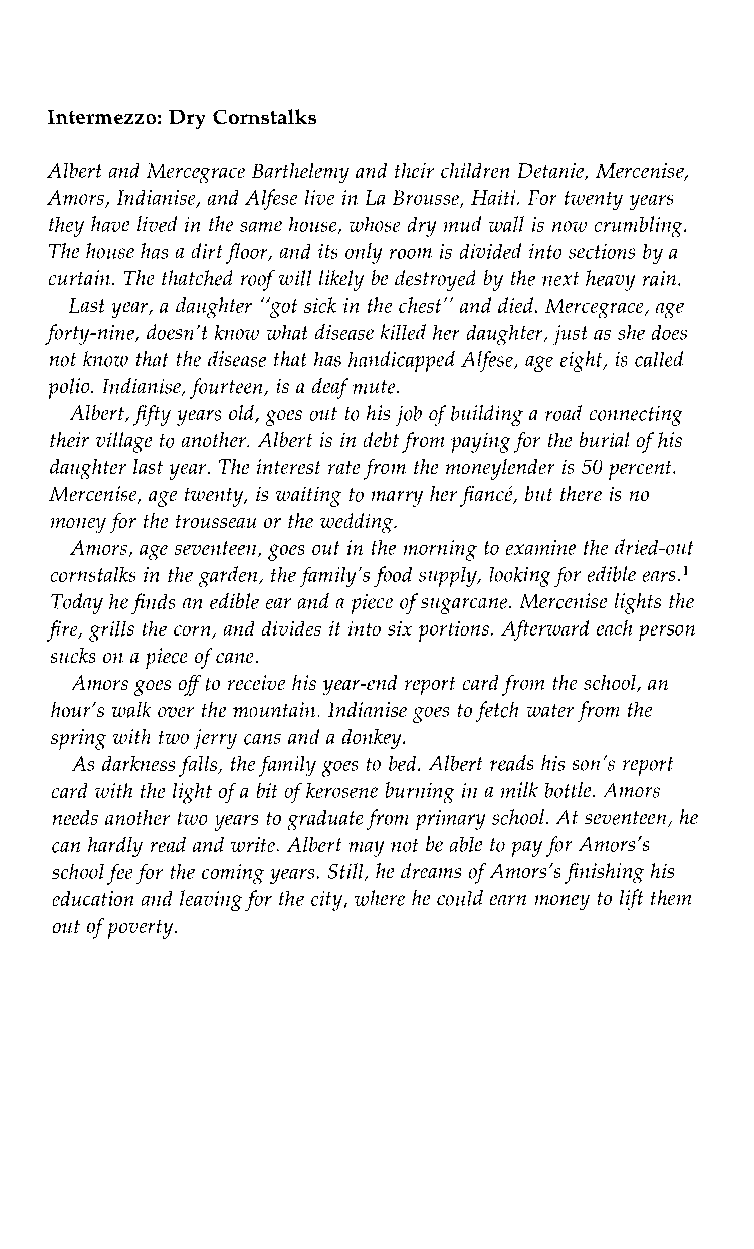
Intermezzo: Dry Cornstalks
 Albert and Mercegrace Barthelemy and their children Detanie, Mercenise,
 Amors, Indianise, and Alfesel ive in La Brousse, Haiti. For twenty years
 they have lived in the same house, whose dry mud wall is now crumbling.
 The house has a dirt floor, and its only room is divided into sections by a
 curtain. The thatched roof will likely be destroyed by the next heavy rain.
 Last year, a daughter "got sick in the chest" and died. Mercegrace, age
 forty-nine, doesn't know what disease killed her daughter, just as she does
 not know that the disease that has handicapped Alfese, age eight, is called
 polio. Indianise, fourteen,i s a deaf mute.
 Albert, fifty years old, goeso ut to his job of building a road connecting
 their village to another. Albert is in debt from paying fotrh e burial of his
 daughter last year. The interest rate from the moneylender is 50 percent.
 Mercenise, age twenty, is waiting to marry her fianci, but there is no
 money for the trousseau or the wedding.
 Amors, age seventeen, goes out in the morning to examine the dried-out
 cornstalks in the garden, thefa mily's food supply, looking for edible ears.I
 Today he finds an ediblee ar and a piece of sugarcane. Mercenise lights the
 fire, grills the corn, and dividesi t into six portions. Afterward each person
 sucks on a piece of cane.
 Amors goes of to receive his year-end report card from the school, an
 hour's walk over the mountain. Indianise goes to fetchw ater from the
 spring with two jerry cans anda donkey.
 As darkness falls, the family goes tob ed. Albert reads his son's report
 card with the light of a bit of kerosene burning in a milk bottle. Amors
 needs another two years to graduate fromp rimary school. At seventeen,h e
 can hardly read and write. Albert may not be able to pay for Amors's
 school fee fort he coming years. Still, he dreams of Amors's finishing his
 education and leavingf or the city, where he could earn money to lift them
 out of poverty.